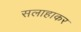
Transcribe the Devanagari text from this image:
सलाहाकर